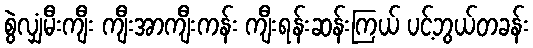
စွဲလျှံမီးကျီး ကျီးအာကျီးကန်း ကျီးရန်းဆန်းကြယ် ပင့်ဘွယ်တခန်း